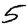
Digit: 5